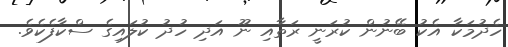
ހެދުމަކާ އެކު ބޭނުން ކުރަނީ ރަތާއި ނޫ އަދި ހުދު ކުލައިގެ ސްކާފެކެވެ.